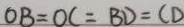
O B = O C = B D = C D